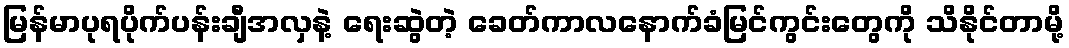
မြန်မာပုရပိုက်ပန်းချီအလှနဲ့ ရေးဆွဲတဲ့ ခေတ်ကာလနောက်ခံမြင်ကွင်းတွေကို သိနိုင်တာမို့